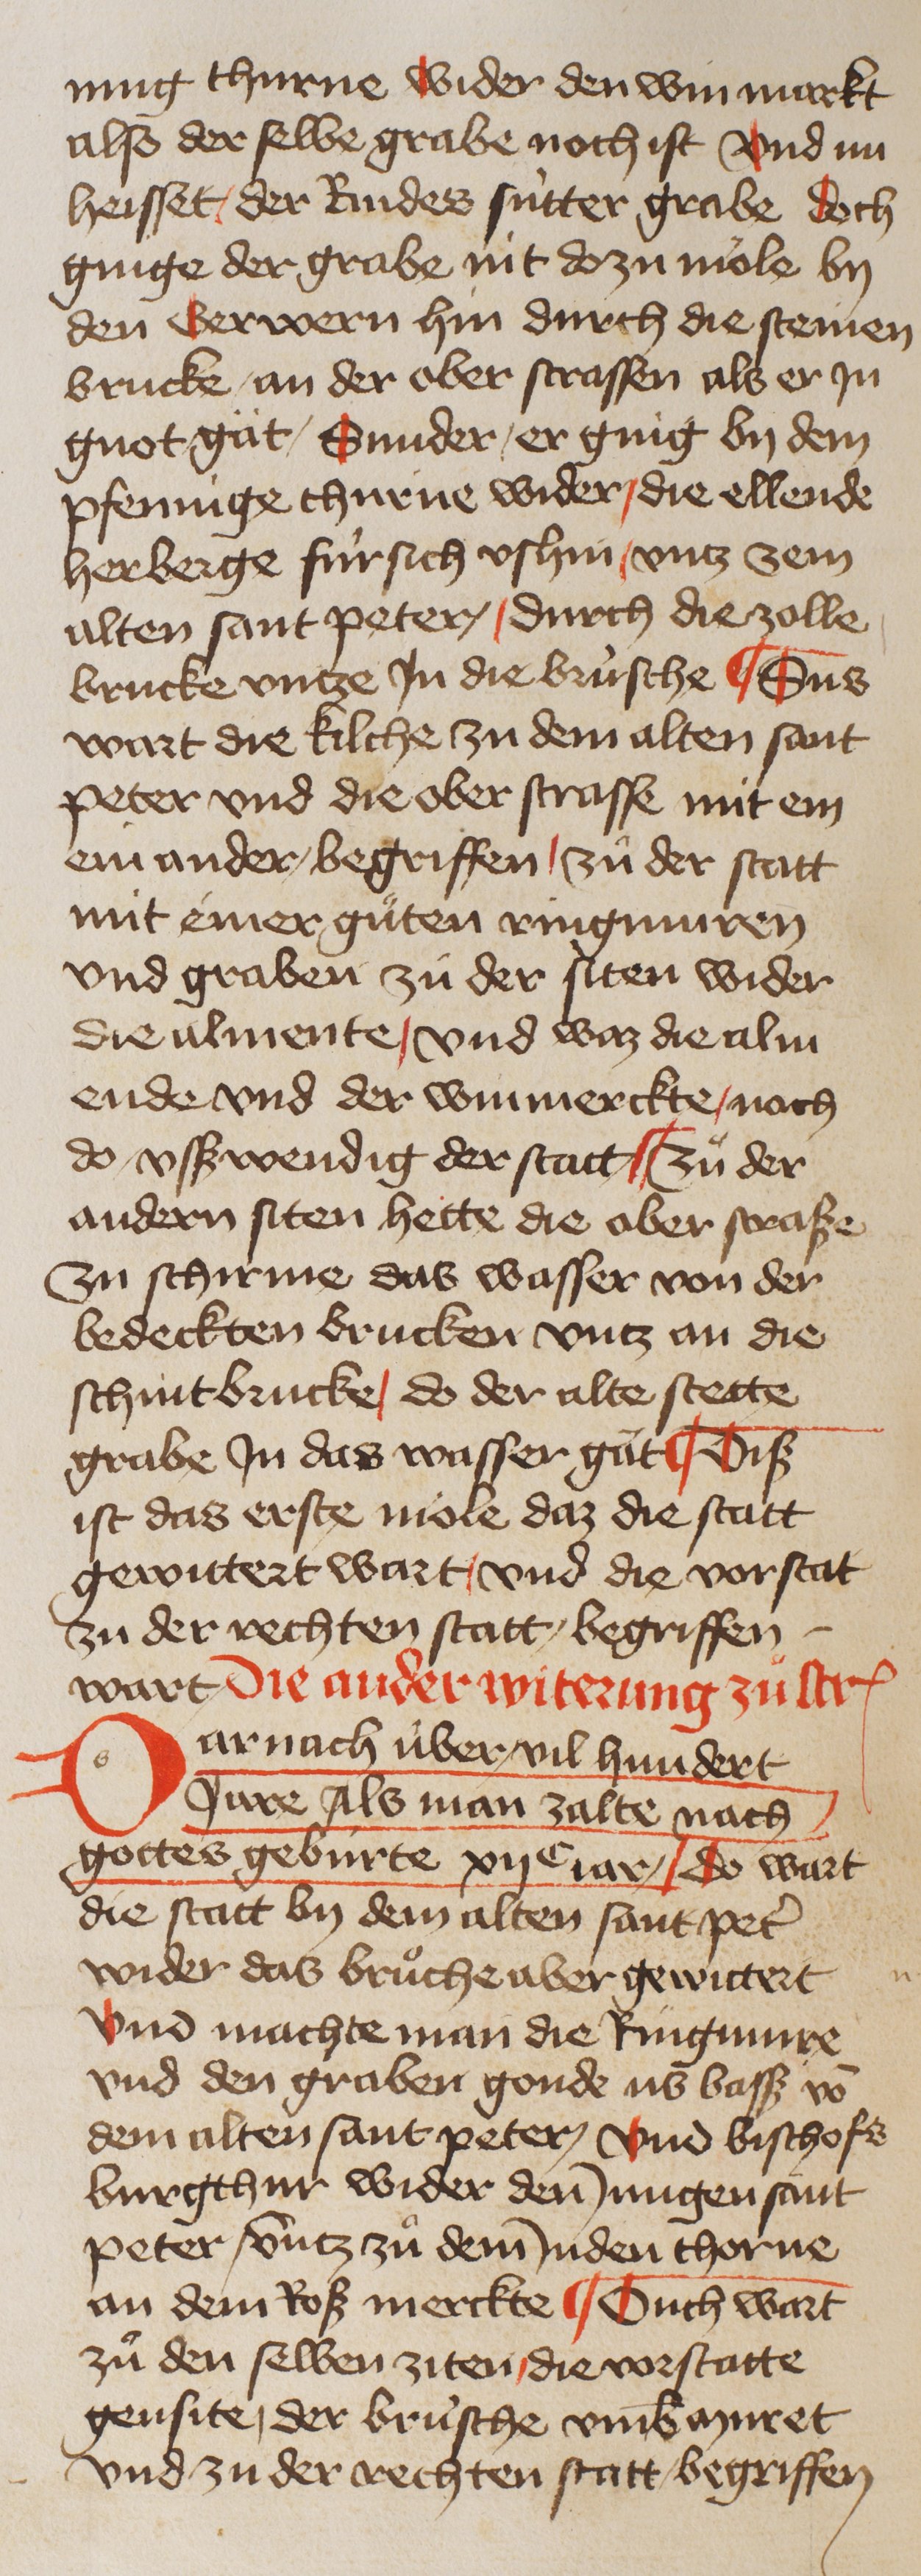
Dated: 1400–1449